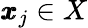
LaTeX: \pmb{x}_{j}\in X